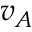
v _ { A }